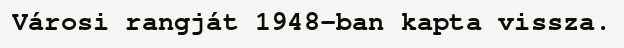
Városi rangját 1948-ban kapta vissza.